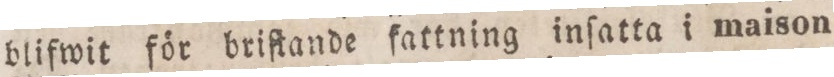
blifwit för briſtande fattning inſatta i maison